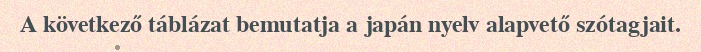
A következő táblázat bemutatja a japán nyelv alapvető szótagjait.